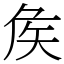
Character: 矦